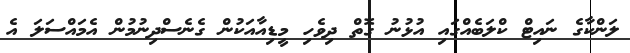
ލަންކާގެ ނައިޓް ކްލަބެއްގައި އުޅުނު ގޮތް ދިވެހި މީޑިއާއަކުން ގެނެސްދިނުމުން އެމައްސަލަ އެ